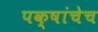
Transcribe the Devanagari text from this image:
पक्षांचेच